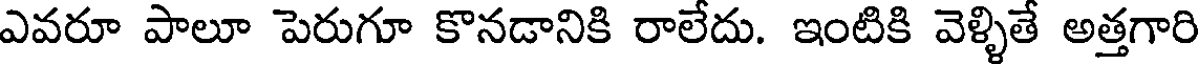
ఎవరూ పాలూ పెరుగూ కొనడానికి రాలేదు. ఇంటికి వెళ్ళితే అత్తగారి